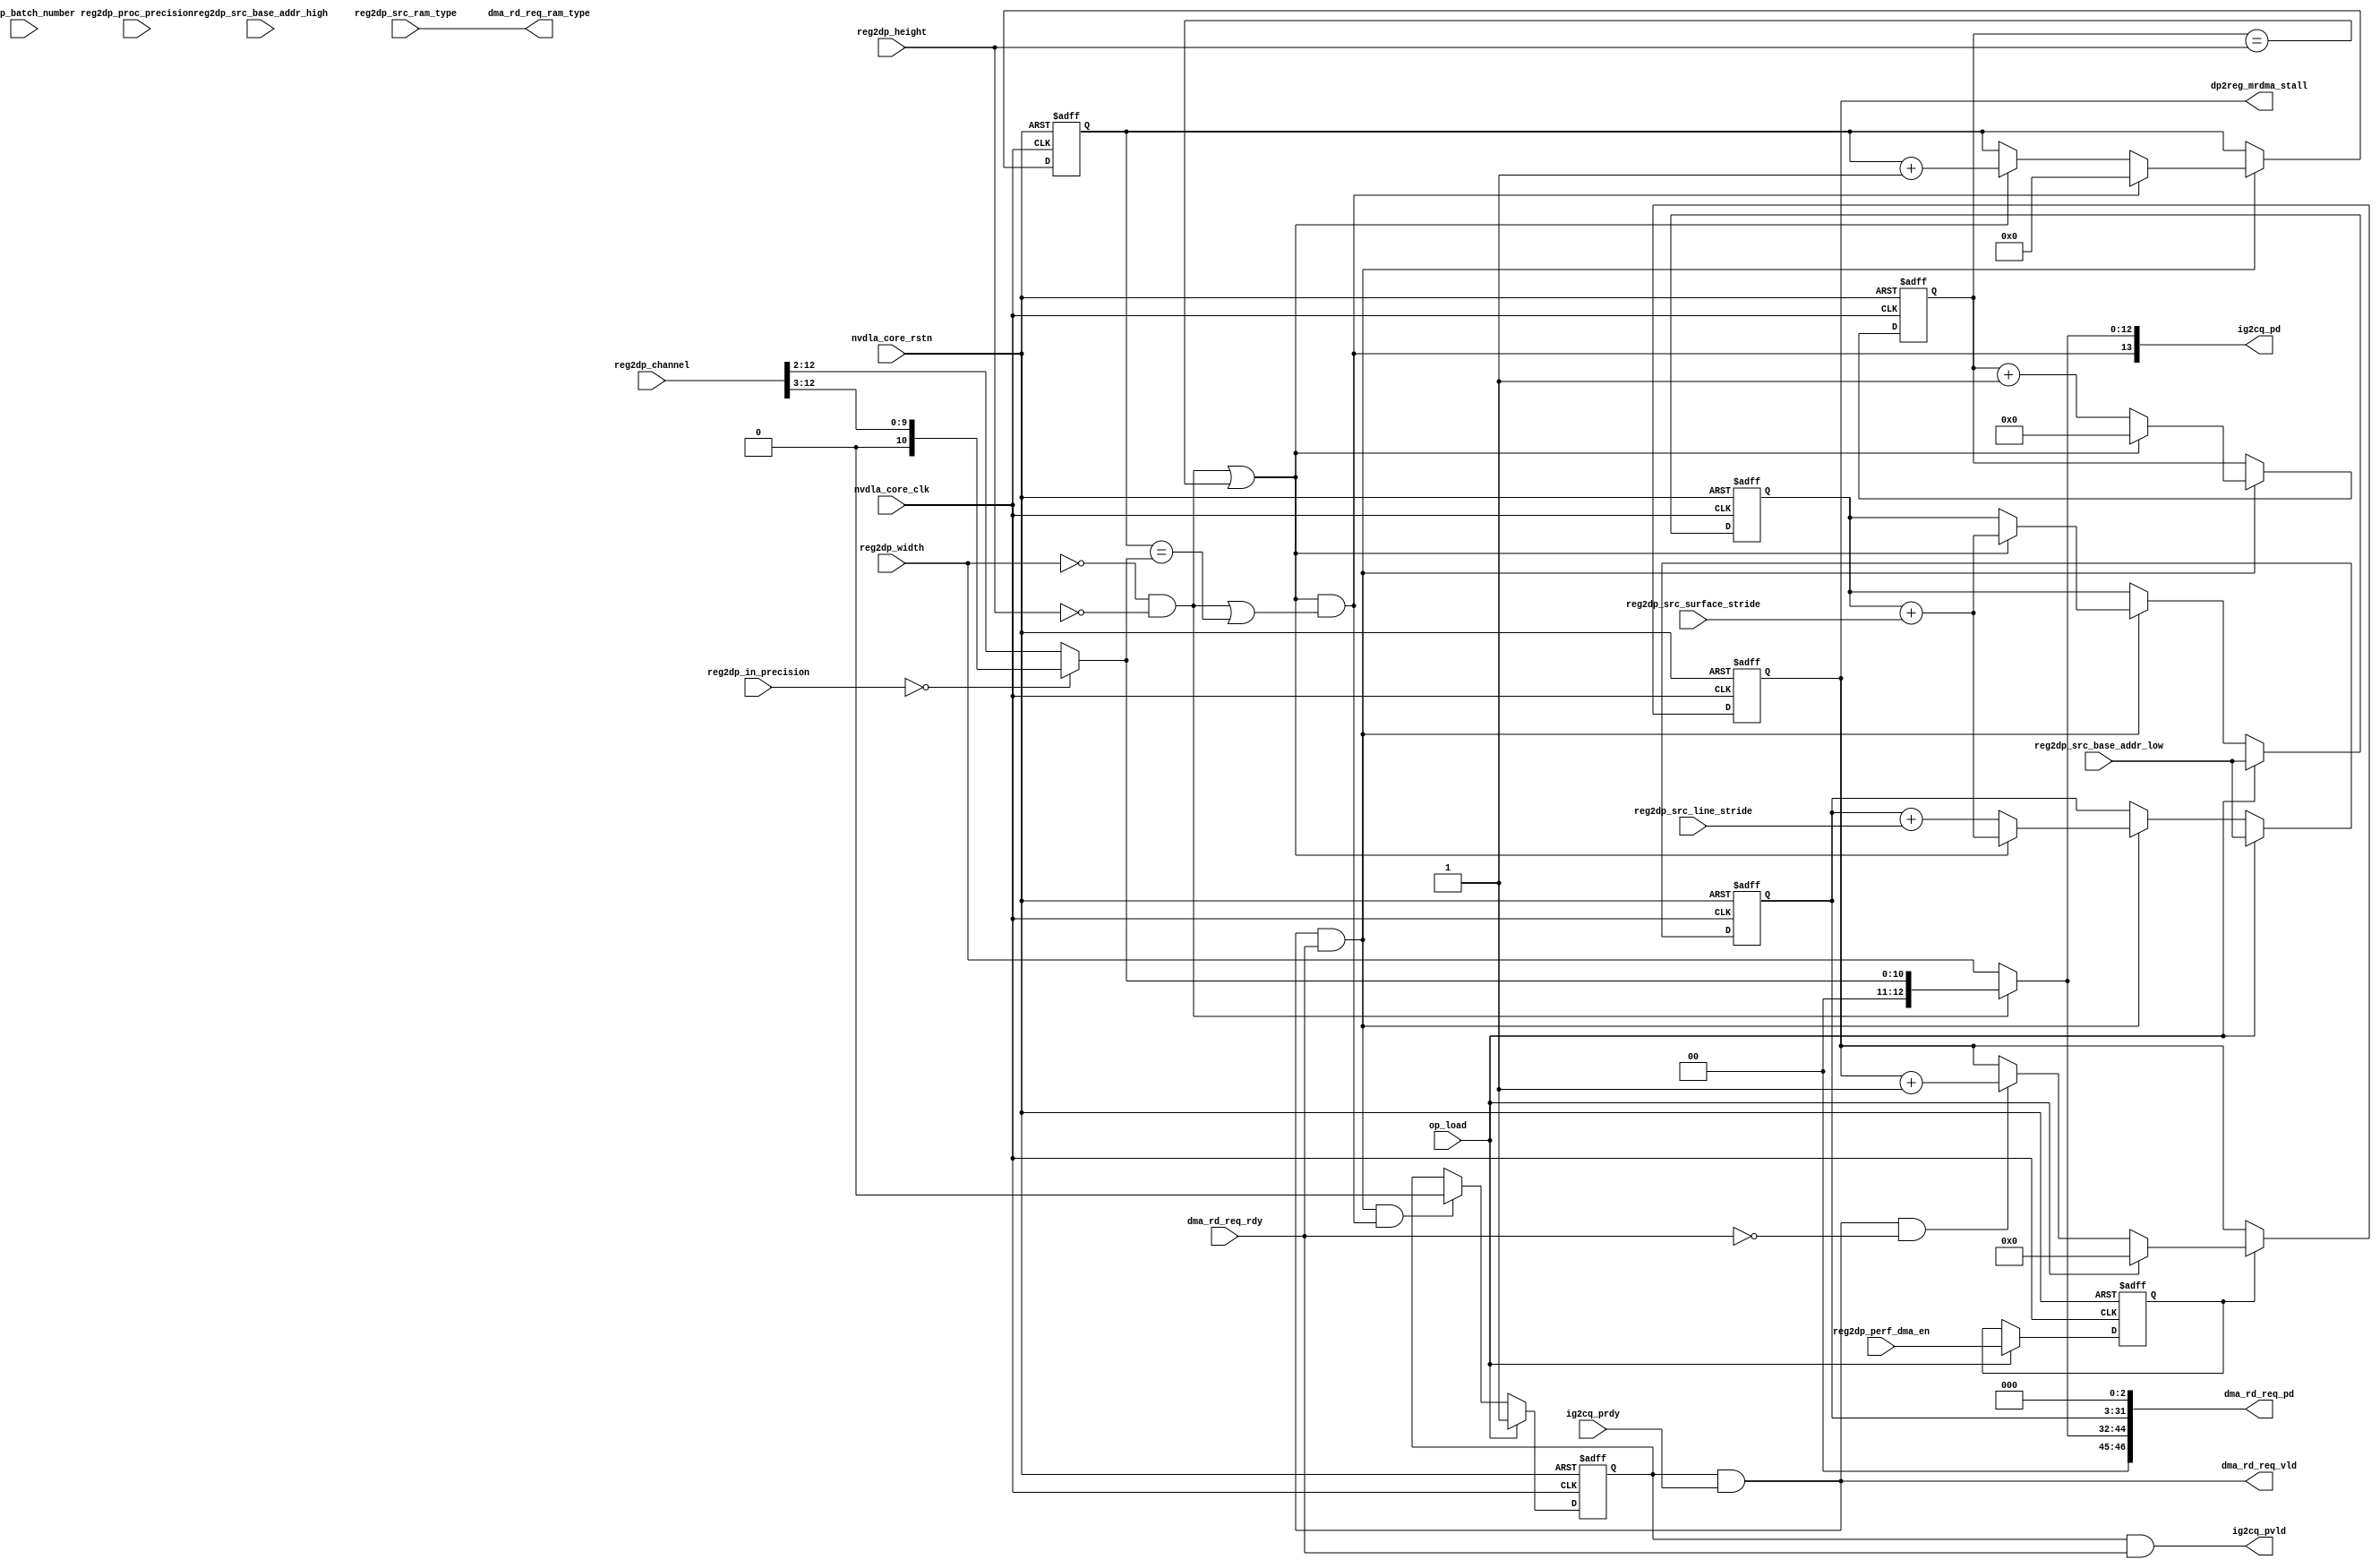
module NV_NVDLA_SDP_MRDMA_ig (
   nvdla_core_clk
  ,nvdla_core_rstn
  ,op_load
  ,ig2cq_pd
  ,ig2cq_pvld
  ,ig2cq_prdy
  ,dma_rd_req_ram_type
  ,dma_rd_req_pd
  ,dma_rd_req_vld
  ,dma_rd_req_rdy
  ,reg2dp_batch_number
  ,reg2dp_channel
  ,reg2dp_height
  ,reg2dp_width
  ,reg2dp_in_precision
  ,reg2dp_proc_precision
  ,reg2dp_src_base_addr_high
  ,reg2dp_src_base_addr_low
  ,reg2dp_src_line_stride
  ,reg2dp_src_ram_type
  ,reg2dp_src_surface_stride
  ,reg2dp_perf_dma_en
  ,dp2reg_mrdma_stall
  );
input nvdla_core_clk;
input nvdla_core_rstn;
input op_load;
output [13:0] ig2cq_pd;
output ig2cq_pvld;
input ig2cq_prdy;
output dma_rd_req_ram_type;
output dma_rd_req_vld;
input dma_rd_req_rdy;
output [47 -1:0] dma_rd_req_pd;
input reg2dp_src_ram_type;
input [4:0] reg2dp_batch_number;
input [12:0] reg2dp_channel;
input [12:0] reg2dp_height;
input [12:0] reg2dp_width;
input [1:0] reg2dp_in_precision;
input [1:0] reg2dp_proc_precision;
input [31:0] reg2dp_src_base_addr_high;
input [31-3:0] reg2dp_src_base_addr_low;
input [31-3:0] reg2dp_src_line_stride;
input [31-3:0] reg2dp_src_surface_stride;
input reg2dp_perf_dma_en;
output [31:0] dp2reg_mrdma_stall;
reg cmd_process;
wire cmd_accept;
wire cmd_done;
wire [14:0] ig2eg_size;
wire ig2eg_cube_end;
wire cfg_di_int16;
wire cfg_di_int8;
wire cfg_do_int8;
wire cfg_mode_1x1_pack;
wire cfg_mode_multi_batch;
wire [31-3:0] cfg_line_stride;
wire [31-3:0] cfg_surf_stride;
wire [32 -3 -1:0] cfg_base_addr;
reg [32 -3 -1:0] base_addr_elem;
reg [32 -3 -1:0] base_addr_line;
reg [32 -3 -1:0] base_addr_surf;
reg [32 -3 -1:0] base_addr_width;
reg mon_base_addr_surf_c;
reg mon_base_addr_width_c;
reg mon_base_addr_elem_c;
reg mon_base_addr_line_c;
reg [4:0] count_b;
reg [13-3:0] count_c;
reg [12:0] count_h;
reg count_e;
reg [9:0] count_w;
wire is_batch_end;
wire is_cube_end;
wire is_elem_end;
wire is_last_b;
wire is_last_c;
wire is_last_e;
wire is_last_h;
wire is_last_w;
wire is_line_end;
wire is_surf_end;
wire [13-3:0] mode_1x1_req_size;
reg [14:0] dma_req_size;
wire [32 -3 -1:0] req_addr;
wire [32 -1:0] dma_req_addr;
wire [4:0] size_of_batch;
wire size_of_elem;
wire [9:0] size_of_width;
reg [13-3:0] size_of_surf;
reg mrdma_rd_stall_cnt_cen;
wire mrdma_rd_stall_cnt_clr;
wire mrdma_rd_stall_cnt_inc;
reg stl_adv;
reg [31:0] stl_cnt_cur;
reg [33:0] stl_cnt_dec;
reg [33:0] stl_cnt_ext;
reg [33:0] stl_cnt_inc;
reg [33:0] stl_cnt_mod;
reg [33:0] stl_cnt_new;
reg [33:0] stl_cnt_nxt;
reg [31:0] dp2reg_mrdma_stall;
wire dp2reg_mrdma_stall_dec;
assign cmd_done = cmd_accept & is_cube_end;
always @(posedge nvdla_core_clk or negedge nvdla_core_rstn) begin
  if (!nvdla_core_rstn) begin
    cmd_process <= 1'b0;
  end else begin
    if (op_load) begin
        cmd_process <= 1'b1;
    end else if (cmd_done) begin
        cmd_process <= 1'b0;
    end
  end
end
`ifdef SPYGLASS_ASSERT_ON
`else
// spyglass disable_block NoWidthInBasedNum-ML
// spyglass disable_block STARC-2.10.3.2a
// spyglass disable_block STARC05-2.1.3.1
// spyglass disable_block STARC-2.1.4.6
// spyglass disable_block W116
// spyglass disable_block W154
// spyglass disable_block W239
// spyglass disable_block W362
// spyglass disable_block WRN_58
// spyglass disable_block WRN_61
`endif // SPYGLASS_ASSERT_ON
`ifdef ASSERT_ON
`ifdef FV_ASSERT_ON
`define ASSERT_RESET nvdla_core_rstn
`else
`ifdef SYNTHESIS
`define ASSERT_RESET nvdla_core_rstn
`else
`ifdef ASSERT_OFF_RESET_IS_X
`define ASSERT_RESET ((1'bx === nvdla_core_rstn) ? 1'b0 : nvdla_core_rstn)
`else
`define ASSERT_RESET ((1'bx === nvdla_core_rstn) ? 1'b1 : nvdla_core_rstn)
`endif // ASSERT_OFF_RESET_IS_X
`endif // SYNTHESIS
`endif // FV_ASSERT_ON
// VCS coverage off
  nv_assert_never #(0,0,"SDP-RDMA: get an op-done without starting the op") zzz_assert_never_1x (nvdla_core_clk, `ASSERT_RESET, !cmd_process && cmd_done); // spyglass disable W504 SelfDeterminedExpr-ML 
// VCS coverage on
`undef ASSERT_RESET
`endif // ASSERT_ON
`ifdef SPYGLASS_ASSERT_ON
`else
// spyglass enable_block NoWidthInBasedNum-ML
// spyglass enable_block STARC-2.10.3.2a
// spyglass enable_block STARC05-2.1.3.1
// spyglass enable_block STARC-2.1.4.6
// spyglass enable_block W116
// spyglass enable_block W154
// spyglass enable_block W239
// spyglass enable_block W362
// spyglass enable_block WRN_58
// spyglass enable_block WRN_61
`endif // SPYGLASS_ASSERT_ON
//==============
// Address catenate and offset calc
//==============
//==============
// CFG value calculation
//==============
assign cfg_base_addr = reg2dp_src_base_addr_low;
assign cfg_line_stride = {reg2dp_src_line_stride};
assign cfg_surf_stride = {reg2dp_src_surface_stride};
assign cfg_di_int8 = reg2dp_in_precision == 0 ;
assign cfg_di_int16 = reg2dp_in_precision == 1 ;
assign cfg_do_int8 = reg2dp_proc_precision == 0 ;
assign cfg_mode_1x1_pack = (reg2dp_width==0) & (reg2dp_height==0);
assign cfg_mode_multi_batch = reg2dp_batch_number!=0;
//==============
// CHANNEL Direction
// calculate how many 32x8 blocks in channel direction
//==============
always @(
  reg2dp_channel
  or cfg_di_int8
  or cfg_di_int16
  ) begin
    if (cfg_di_int8) begin
        size_of_surf = {1'b0,reg2dp_channel[12:3]};
    end else if (cfg_di_int16) begin
        size_of_surf = reg2dp_channel[12:3 -1];
    end else begin
        size_of_surf = reg2dp_channel[12:3 -1];
    end
end
//=================================================
// Cube Shape
//=================================================
assign is_batch_end = is_last_b;
assign is_elem_end = is_batch_end;
assign is_line_end = is_elem_end ;
assign is_surf_end = is_line_end & ( (cfg_mode_1x1_pack) || (is_last_h) );
assign is_cube_end = is_surf_end & ( (cfg_mode_1x1_pack) || (is_last_c) );
assign is_last_b = 1'b1;
//==============
// CHANNEL Count:
//==============
always @(posedge nvdla_core_clk or negedge nvdla_core_rstn) begin
  if (!nvdla_core_rstn) begin
    count_c <= {(14-3){1'b0}};
  end else begin
    if (cmd_accept) begin
        if (is_cube_end) begin
            count_c <= 0;
        end else if (is_surf_end) begin
            count_c <= count_c + 1'b1;
        end
    end
  end
end
assign is_last_c = (count_c==size_of_surf);
//==============
// LINE Count:
//==============
always @(posedge nvdla_core_clk or negedge nvdla_core_rstn) begin
  if (!nvdla_core_rstn) begin
    count_h <= {13{1'b0}};
  end else begin
    if (cmd_accept) begin
        if (is_surf_end) begin
            count_h <= 0;
        end else if (is_line_end) begin
            count_h <= count_h + 1'b1;
        end
    end
  end
end
assign is_last_h = (count_h==reg2dp_height);
//==========================================
// DMA Req : ADDR PREPARE
//==========================================
// LINE
always @(posedge nvdla_core_clk or negedge nvdla_core_rstn) begin
  if (!nvdla_core_rstn) begin
    base_addr_line <= {(32 -3){1'b0}};
    mon_base_addr_line_c <= 1'b0;
  end else begin
    if (op_load) begin
        base_addr_line <= cfg_base_addr;
    end else if (cmd_accept) begin
        begin
            if (is_surf_end) begin
                {mon_base_addr_line_c,base_addr_line} <= base_addr_surf + cfg_surf_stride;
            end else if (is_line_end) begin
                {mon_base_addr_line_c,base_addr_line} <= base_addr_line + cfg_line_stride;
            end
        end
    end
  end
end
`ifdef SPYGLASS_ASSERT_ON
`else
// spyglass disable_block NoWidthInBasedNum-ML
// spyglass disable_block STARC-2.10.3.2a
// spyglass disable_block STARC05-2.1.3.1
// spyglass disable_block STARC-2.1.4.6
// spyglass disable_block W116
// spyglass disable_block W154
// spyglass disable_block W239
// spyglass disable_block W362
// spyglass disable_block WRN_58
// spyglass disable_block WRN_61
`endif // SPYGLASS_ASSERT_ON
`ifdef ASSERT_ON
`ifdef FV_ASSERT_ON
`define ASSERT_RESET nvdla_core_rstn
`else
`ifdef SYNTHESIS
`define ASSERT_RESET nvdla_core_rstn
`else
`ifdef ASSERT_OFF_RESET_IS_X
`define ASSERT_RESET ((1'bx === nvdla_core_rstn) ? 1'b0 : nvdla_core_rstn)
`else
`define ASSERT_RESET ((1'bx === nvdla_core_rstn) ? 1'b1 : nvdla_core_rstn)
`endif // ASSERT_OFF_RESET_IS_X
`endif // SYNTHESIS
`endif // FV_ASSERT_ON
// VCS coverage off
  nv_assert_never #(0,0,"MRDMA: no overflow is allowed") zzz_assert_never_4x (nvdla_core_clk, `ASSERT_RESET, mon_base_addr_line_c); // spyglass disable W504 SelfDeterminedExpr-ML 
// VCS coverage on
`undef ASSERT_RESET
`endif // ASSERT_ON
`ifdef SPYGLASS_ASSERT_ON
`else
// spyglass enable_block NoWidthInBasedNum-ML
// spyglass enable_block STARC-2.10.3.2a
// spyglass enable_block STARC05-2.1.3.1
// spyglass enable_block STARC-2.1.4.6
// spyglass enable_block W116
// spyglass enable_block W154
// spyglass enable_block W239
// spyglass enable_block W362
// spyglass enable_block WRN_58
// spyglass enable_block WRN_61
`endif // SPYGLASS_ASSERT_ON
// SURF
always @(posedge nvdla_core_clk or negedge nvdla_core_rstn) begin
  if (!nvdla_core_rstn) begin
    base_addr_surf <= {(32 -3){1'b0}};
    mon_base_addr_surf_c <= 1'b0;
  end else begin
    if (op_load) begin
        base_addr_surf <= cfg_base_addr;
    end else if (cmd_accept) begin
        begin
            if (is_surf_end) begin
                {mon_base_addr_surf_c,base_addr_surf} <= base_addr_surf + cfg_surf_stride;
            end
        end
    end
  end
end
`ifdef SPYGLASS_ASSERT_ON
`else
// spyglass disable_block NoWidthInBasedNum-ML
// spyglass disable_block STARC-2.10.3.2a
// spyglass disable_block STARC05-2.1.3.1
// spyglass disable_block STARC-2.1.4.6
// spyglass disable_block W116
// spyglass disable_block W154
// spyglass disable_block W239
// spyglass disable_block W362
// spyglass disable_block WRN_58
// spyglass disable_block WRN_61
`endif // SPYGLASS_ASSERT_ON
`ifdef ASSERT_ON
`ifdef FV_ASSERT_ON
`define ASSERT_RESET nvdla_core_rstn
`else
`ifdef SYNTHESIS
`define ASSERT_RESET nvdla_core_rstn
`else
`ifdef ASSERT_OFF_RESET_IS_X
`define ASSERT_RESET ((1'bx === nvdla_core_rstn) ? 1'b0 : nvdla_core_rstn)
`else
`define ASSERT_RESET ((1'bx === nvdla_core_rstn) ? 1'b1 : nvdla_core_rstn)
`endif // ASSERT_OFF_RESET_IS_X
`endif // SYNTHESIS
`endif // FV_ASSERT_ON
// VCS coverage off
  nv_assert_never #(0,0,"MRDMA: no overflow is allowed") zzz_assert_never_5x (nvdla_core_clk, `ASSERT_RESET, mon_base_addr_surf_c); // spyglass disable W504 SelfDeterminedExpr-ML 
// VCS coverage on
`undef ASSERT_RESET
`endif // ASSERT_ON
`ifdef SPYGLASS_ASSERT_ON
`else
// spyglass enable_block NoWidthInBasedNum-ML
// spyglass enable_block STARC-2.10.3.2a
// spyglass enable_block STARC05-2.1.3.1
// spyglass enable_block STARC-2.1.4.6
// spyglass enable_block W116
// spyglass enable_block W154
// spyglass enable_block W239
// spyglass enable_block W362
// spyglass enable_block WRN_58
// spyglass enable_block WRN_61
`endif // SPYGLASS_ASSERT_ON
//==========================================
// DMA Req : Addr : Generation
//==========================================
assign req_addr = base_addr_line;
assign dma_req_addr = {req_addr,{3{1'b0}}};
//==============
// DMA Req : SIZE : Generation
//==============
// in 1x1_pack mode, only send one request out
assign mode_1x1_req_size = size_of_surf;
always @(
  cfg_mode_1x1_pack
  or mode_1x1_req_size
  or reg2dp_width
  ) begin
    if (cfg_mode_1x1_pack) begin
        dma_req_size = {{(3 +1){1'b0}}, mode_1x1_req_size};
    end
    else begin
        dma_req_size = {{2{1'b0}}, reg2dp_width};
    end
end
assign ig2eg_size = dma_req_size;
assign ig2eg_cube_end = is_cube_end;
assign ig2cq_pd[12:0] = ig2eg_size[12:0];
assign ig2cq_pd[13] = ig2eg_cube_end ;
assign ig2cq_pvld = cmd_process & dma_rd_req_rdy;
`ifdef SPYGLASS_ASSERT_ON
`else
// spyglass disable_block NoWidthInBasedNum-ML
// spyglass disable_block STARC-2.10.3.2a
// spyglass disable_block STARC05-2.1.3.1
// spyglass disable_block STARC-2.1.4.6
// spyglass disable_block W116
// spyglass disable_block W154
// spyglass disable_block W239
// spyglass disable_block W362
// spyglass disable_block WRN_58
// spyglass disable_block WRN_61
`endif // SPYGLASS_ASSERT_ON
`ifdef ASSERT_ON
`ifdef FV_ASSERT_ON
`define ASSERT_RESET nvdla_core_rstn
`else
`ifdef SYNTHESIS
`define ASSERT_RESET nvdla_core_rstn
`else
`ifdef ASSERT_OFF_RESET_IS_X
`define ASSERT_RESET ((1'bx === nvdla_core_rstn) ? 1'b0 : nvdla_core_rstn)
`else
`define ASSERT_RESET ((1'bx === nvdla_core_rstn) ? 1'b1 : nvdla_core_rstn)
`endif // ASSERT_OFF_RESET_IS_X
`endif // SYNTHESIS
`endif // FV_ASSERT_ON
// VCS coverage off
  nv_assert_never #(0,0,"SDP-RDMA: CQ and DMA should accept or reject together") zzz_assert_never_6x (nvdla_core_clk, `ASSERT_RESET, (ig2cq_pvld & ig2cq_prdy) ^ (dma_rd_req_vld & dma_rd_req_rdy)); // spyglass disable W504 SelfDeterminedExpr-ML 
// VCS coverage on
`undef ASSERT_RESET
`endif // ASSERT_ON
`ifdef SPYGLASS_ASSERT_ON
`else
// spyglass enable_block NoWidthInBasedNum-ML
// spyglass enable_block STARC-2.10.3.2a
// spyglass enable_block STARC05-2.1.3.1
// spyglass enable_block STARC-2.1.4.6
// spyglass enable_block W116
// spyglass enable_block W154
// spyglass enable_block W239
// spyglass enable_block W362
// spyglass enable_block WRN_58
// spyglass enable_block WRN_61
`endif // SPYGLASS_ASSERT_ON
//==============
// DMA Req : PIPE
//==============
// VALID: clamp when when cq is not ready
assign dma_rd_req_vld = cmd_process & ig2cq_prdy;
assign dma_rd_req_pd[32 -1:0] = dma_req_addr[32 -1:0];
assign dma_rd_req_pd[47 -1:32] = dma_req_size[14:0];
assign dma_rd_req_ram_type = reg2dp_src_ram_type;
// Accept
assign cmd_accept = dma_rd_req_vld & dma_rd_req_rdy;
//==============
// PERF STATISTIC
//==============
assign mrdma_rd_stall_cnt_inc = dma_rd_req_vld & !dma_rd_req_rdy;
assign mrdma_rd_stall_cnt_clr = op_load;
always @(posedge nvdla_core_clk or negedge nvdla_core_rstn) begin
  if (!nvdla_core_rstn) begin
    mrdma_rd_stall_cnt_cen <= 1'b0;
  end else begin
  if ((op_load) == 1'b1) begin
    mrdma_rd_stall_cnt_cen <= reg2dp_perf_dma_en;
//end else if ((op_load) == 1'b0) begin
//end else begin
// mrdma_rd_stall_cnt_cen <= 1'bx;
  end
  end
end
`ifdef SPYGLASS_ASSERT_ON
`else
// spyglass disable_block NoWidthInBasedNum-ML
// spyglass disable_block STARC-2.10.3.2a
// spyglass disable_block STARC05-2.1.3.1
// spyglass disable_block STARC-2.1.4.6
// spyglass disable_block W116
// spyglass disable_block W154
// spyglass disable_block W239
// spyglass disable_block W362
// spyglass disable_block WRN_58
// spyglass disable_block WRN_61
`endif // SPYGLASS_ASSERT_ON
`ifdef ASSERT_ON
`ifdef FV_ASSERT_ON
`define ASSERT_RESET nvdla_core_rstn
`else
`ifdef SYNTHESIS
`define ASSERT_RESET nvdla_core_rstn
`else
`ifdef ASSERT_OFF_RESET_IS_X
`define ASSERT_RESET ((1'bx === nvdla_core_rstn) ? 1'b0 : nvdla_core_rstn)
`else
`define ASSERT_RESET ((1'bx === nvdla_core_rstn) ? 1'b1 : nvdla_core_rstn)
`endif // ASSERT_OFF_RESET_IS_X
`endif // SYNTHESIS
`endif // FV_ASSERT_ON
`ifndef SYNTHESIS
// VCS coverage off
  nv_assert_no_x #(0,1,0,"No X's allowed on control signals") zzz_assert_no_x_7x (nvdla_core_clk, `ASSERT_RESET, 1'd1, (^(op_load))); // spyglass disable W504 SelfDeterminedExpr-ML 
// VCS coverage on
`endif
`undef ASSERT_RESET
`endif // ASSERT_ON
`ifdef SPYGLASS_ASSERT_ON
`else
// spyglass enable_block NoWidthInBasedNum-ML
// spyglass enable_block STARC-2.10.3.2a
// spyglass enable_block STARC05-2.1.3.1
// spyglass enable_block STARC-2.1.4.6
// spyglass enable_block W116
// spyglass enable_block W154
// spyglass enable_block W239
// spyglass enable_block W362
// spyglass enable_block WRN_58
// spyglass enable_block WRN_61
`endif // SPYGLASS_ASSERT_ON
assign dp2reg_mrdma_stall_dec = 1'b0;
// stl adv logic
always @(
  mrdma_rd_stall_cnt_inc
  or dp2reg_mrdma_stall_dec
  ) begin
  stl_adv = mrdma_rd_stall_cnt_inc ^ dp2reg_mrdma_stall_dec;
end
// stl cnt logic
always @(
  stl_cnt_cur
  or mrdma_rd_stall_cnt_inc
  or dp2reg_mrdma_stall_dec
  or stl_adv
  or mrdma_rd_stall_cnt_clr
  ) begin
  stl_cnt_ext[33:0] = {1'b0, 1'b0, stl_cnt_cur};
  stl_cnt_inc[33:0] = stl_cnt_cur + 1'b1; // spyglass disable W164b
  stl_cnt_dec[33:0] = stl_cnt_cur - 1'b1; // spyglass disable W164b
  stl_cnt_mod[33:0] = (mrdma_rd_stall_cnt_inc && !dp2reg_mrdma_stall_dec)? stl_cnt_inc : (!mrdma_rd_stall_cnt_inc && dp2reg_mrdma_stall_dec)? stl_cnt_dec : stl_cnt_ext;
  stl_cnt_new[33:0] = (stl_adv)? stl_cnt_mod[33:0] : stl_cnt_ext[33:0];
  stl_cnt_nxt[33:0] = (mrdma_rd_stall_cnt_clr)? 34'd0 : stl_cnt_new[33:0];
end
// stl flops
always @(posedge nvdla_core_clk or negedge nvdla_core_rstn) begin
  if (!nvdla_core_rstn) begin
    stl_cnt_cur[31:0] <= 0;
  end else begin
  if (mrdma_rd_stall_cnt_cen) begin
  stl_cnt_cur[31:0] <= stl_cnt_nxt[31:0];
  end
  end
end
// stl output logic
always @(
  stl_cnt_cur
  ) begin
  dp2reg_mrdma_stall[31:0] = stl_cnt_cur[31:0];
end
//==============
// FUNCTION POINT
//VCS coverage off
`ifndef DISABLE_FUNCPOINT
  `ifdef ENABLE_FUNCPOINT
    reg funcpoint_cover_off;
    initial begin
        if ( $test$plusargs( "cover_off" ) ) begin
            funcpoint_cover_off = 1'b1;
        end else begin
            funcpoint_cover_off = 1'b0;
        end
    end
    property sdp_mrdma_ig__access_CVIF__0_cov;
        disable iff((nvdla_core_rstn !== 1) || funcpoint_cover_off)
        @(posedge nvdla_core_clk)
        ((dma_rd_req_vld) && nvdla_core_rstn) |-> (dma_rd_req_ram_type==0);
    endproperty
// Cover 0 : "dma_rd_req_ram_type==0"
    FUNCPOINT_sdp_mrdma_ig__access_CVIF__0_COV : cover property (sdp_mrdma_ig__access_CVIF__0_cov);
  `endif
`endif
//VCS coverage on
//VCS coverage off
`ifndef DISABLE_FUNCPOINT
  `ifdef ENABLE_FUNCPOINT
    property sdp_mrdma_ig__access_MCIF__1_cov;
        disable iff((nvdla_core_rstn !== 1) || funcpoint_cover_off)
        @(posedge nvdla_core_clk)
        ((dma_rd_req_vld) && nvdla_core_rstn) |-> (dma_rd_req_ram_type==1);
    endproperty
// Cover 1 : "dma_rd_req_ram_type==1"
    FUNCPOINT_sdp_mrdma_ig__access_MCIF__1_COV : cover property (sdp_mrdma_ig__access_MCIF__1_cov);
  `endif
`endif
//VCS coverage on
endmodule